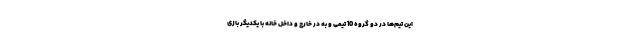
این تیم‌ها در دو گروه 10 تیمی و به در خارج و داخل خانه با یکدیگر بازی